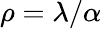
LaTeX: \rho=\lambda/\alpha